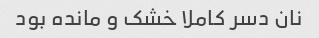
نان دسر کاملا خشک و مانده بود